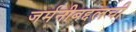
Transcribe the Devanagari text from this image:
जर्मनीबद्दलची